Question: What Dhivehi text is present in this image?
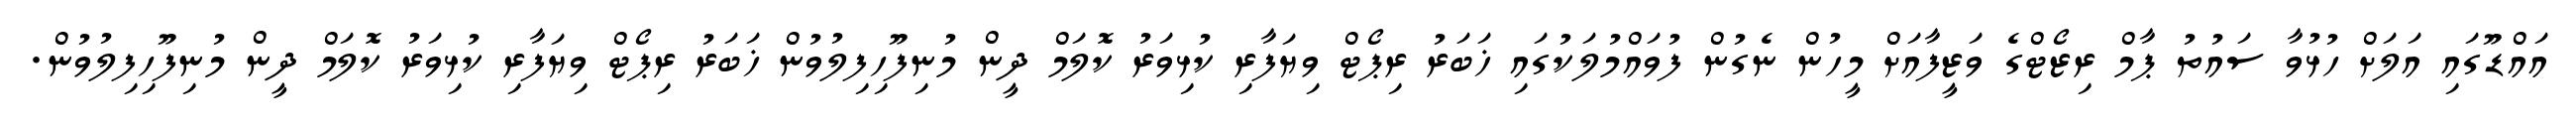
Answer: އައްޑޫގައި އަލަށް ހުޅުވާ ސައުތު ޕާމް ރިޒޯޓްގެ ވަޒީފާއަށް މީހުން ނެގުން ފުވައްމުލަކުގައި ޚަބަރު ރިޕޯޓް ވިޔަފާރި ކުޅިވަރު ކޮލަމް ދީން މުނިފޫހިފިލުވުން ޚަބަރު ރިޕޯޓް ވިޔަފާރި ކުޅިވަރު ކޮލަމް ދީން މުނިފޫހިފިލުވުން.